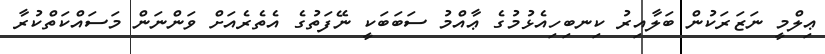
ޢިލްމީ ނަޒަރަކުން ބަލާއިރު ކިނބިހިއެޅުމުގެ ޢާއްމު ސަބަބަކީ ނޭފަތުގެ އެތެރެއަށް ވަންނަން މަސައްކަތްކުރާ